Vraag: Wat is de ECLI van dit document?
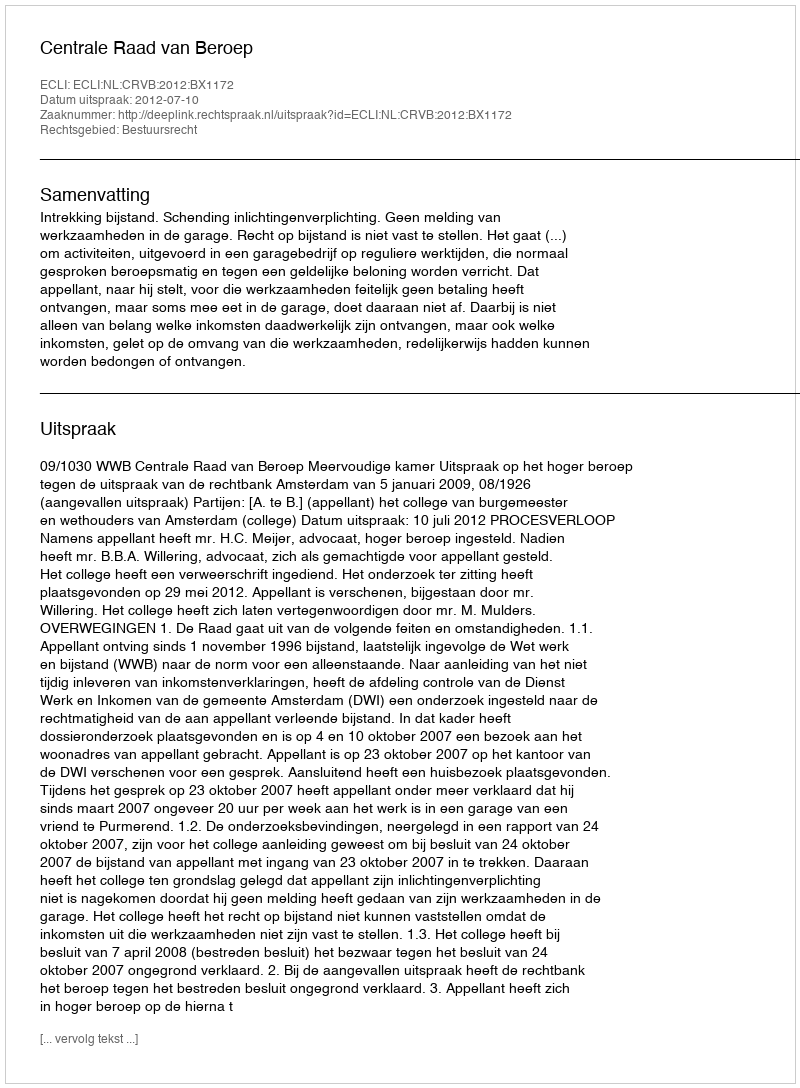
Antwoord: ECLI:NL:CRVB:2012:BX1172